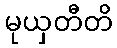
မုယှတီတိ